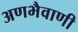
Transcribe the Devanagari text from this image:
अणभैवाणी